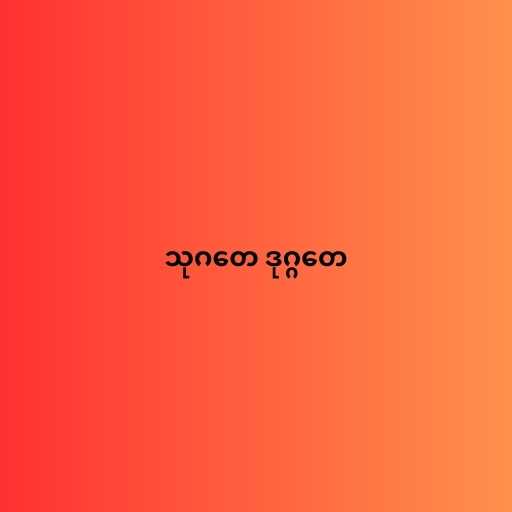
သုဂတေ ဒုဂ္ဂတေ